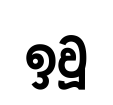
ඉවූ